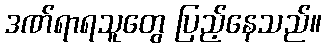
ဒဏ်ရာရသူတွေ ပြည့်နေသည်။